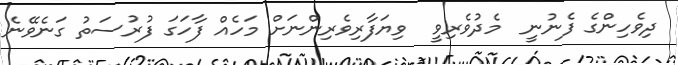
ދިވެހިންގެ ފެނުނީ  މެދުވެރިވީ  ވިޔަފާރިވެރިންނަށް މަހެއް ފާހަގަ ފުރުސަތު ގަނެވޭނެ